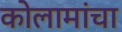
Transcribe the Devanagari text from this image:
कोलामांचा